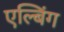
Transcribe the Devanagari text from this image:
एल्बिंग